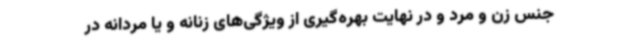
جنس زن و مرد و در نهایت بهره‌گیری از ویژگی‌های زنانه و یا مردانه در